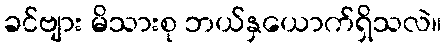
ခင်ဗျား မိသားစု ဘယ်နှယောက်ရှိသလဲ။